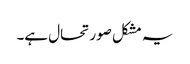
یہ مشکل صورتحال ہے۔